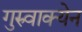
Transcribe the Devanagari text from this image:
गुरुवाक्येन